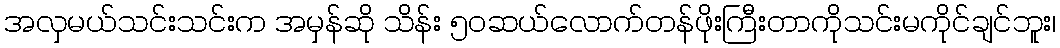
အလှမယ်သင်းသင်းက အမှန်ဆို သိန်း ၅၀ဆယ်လောက်တန်ဖိုးကြီးတာကိုသင်းမကိုင်ချင်ဘူး၊